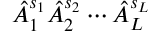
\hat { A } _ { 1 } ^ { s _ { 1 } } \hat { A } _ { 2 } ^ { s _ { 2 } } \dotsb \hat { A } _ { L } ^ { s _ { L } }